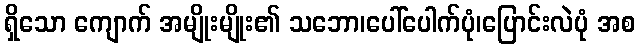
ရှိသော ကျောက် အမျိုးမျိုး၏ သဘော၊ပေါ်ပေါက်ပုံ၊ပြောင်းလဲပုံ အစ